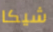
شيكا